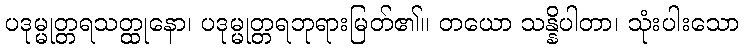
ပဒုမ္မုတ္တရသတ္ထုနော၊ ပဒုမ္မုတ္တရဘုရားမြတ်၏။ တယော သန္နိပါတာ၊ သုံးပါးသော